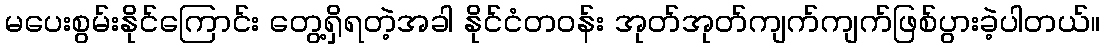
မပေးစွမ်းနိုင်ကြောင်း တွေ့ရှိရတဲ့အခါ နိုင်ငံတဝန်း အုတ်အုတ်ကျက်ကျက်ဖြစ်ပွားခဲ့ပါတယ်။